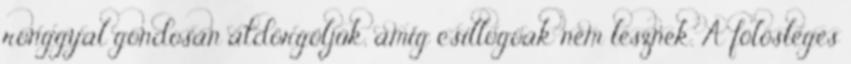
ronggyal gondosan átdörgöljük, amíg csillogóak nem lesznek. A fölösleges